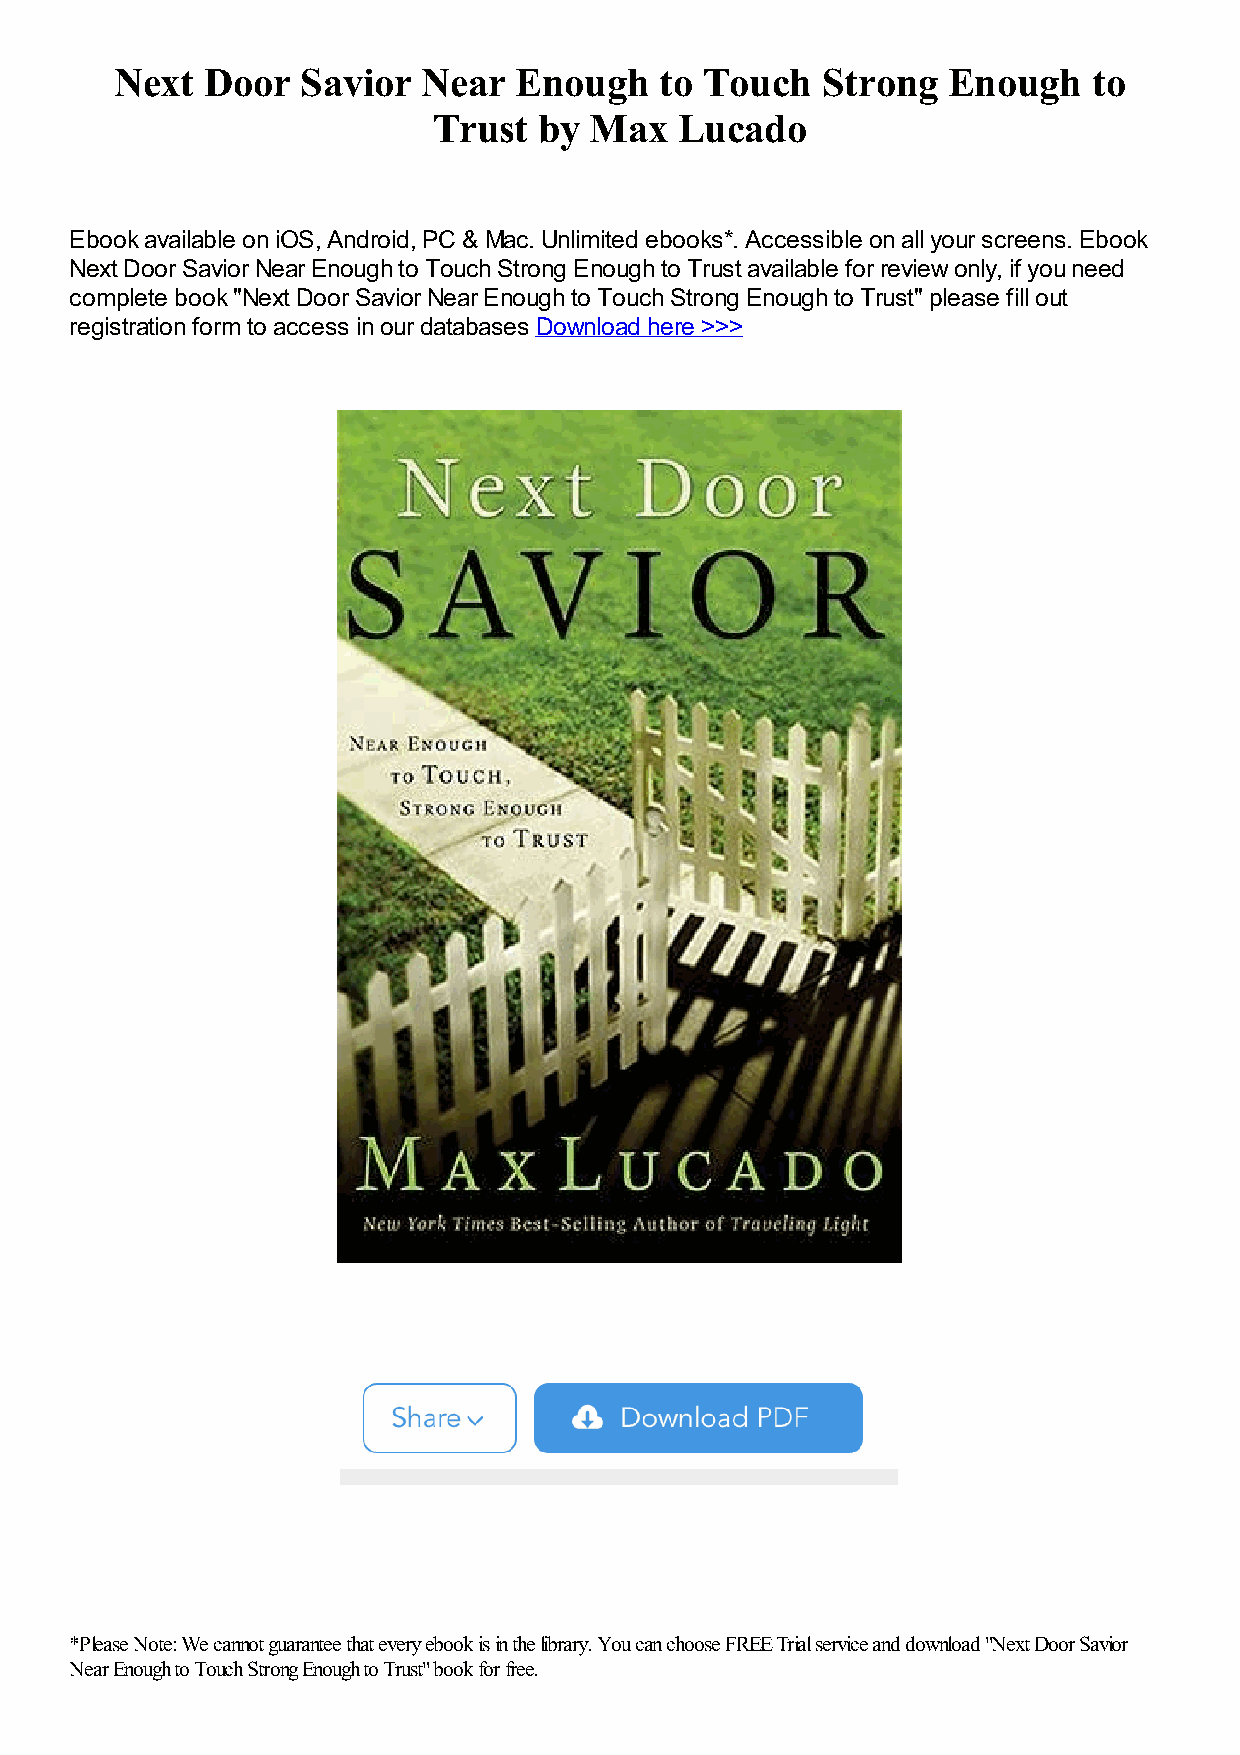
Next Door   Savior  Near  Enough    to Touch  Strong   Enough   to
 Trust  by Max   Lucado
 Ebook available on iOS, Android, PC & Mac. Unlimited ebooks*. Accessible on all your screens. Ebook
 Next Door Savior Near Enough to Touch Strong Enough to Trust available for review only, if you need
 complete book "Next Door Savior Near Enough to Touch Strong Enough to Trust" please fill out
 registration form to access in our databases Download here >>>
 *Please Note: We cannot guarantee that every ebook is in the library. You can choose FREE Trial service and download "Next Door Savior
 Near Enough to Touch Strong Enough to Trust" book for free.